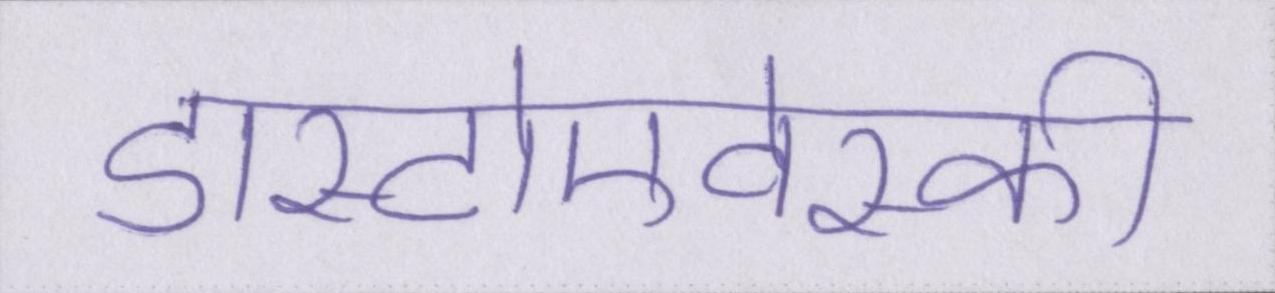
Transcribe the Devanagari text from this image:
डास्टोएवेस्की